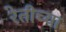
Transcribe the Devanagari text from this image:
रेतीच्या